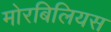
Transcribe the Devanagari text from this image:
मोरबिलियस